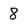
Character: 8